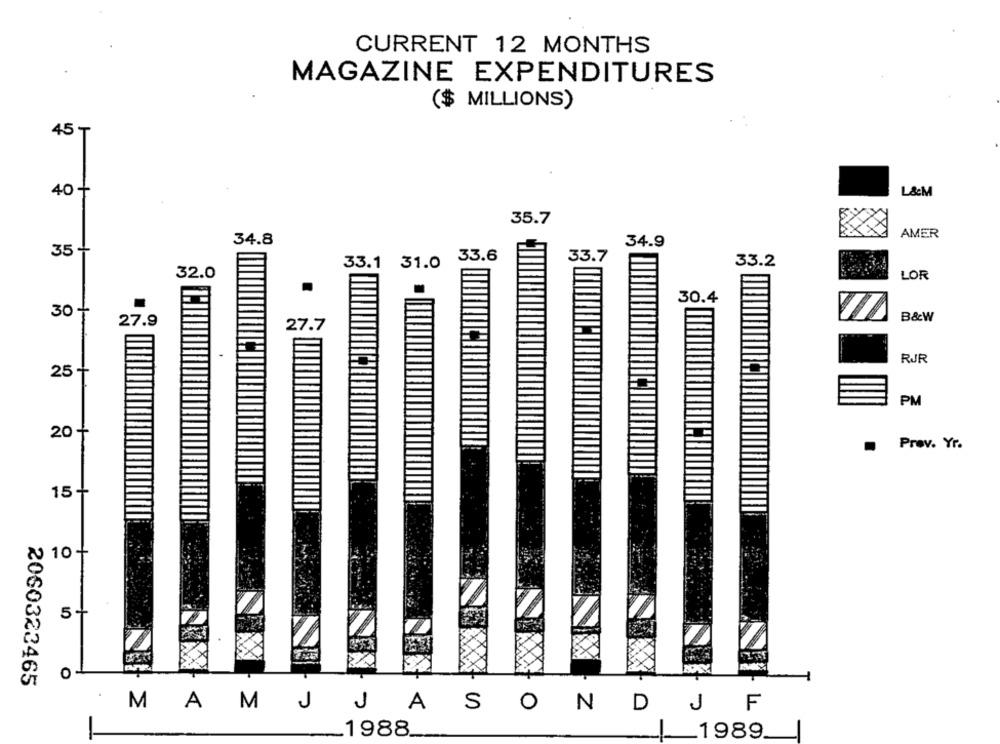
CURRENT 12 MONTHS
MAGAZINE EXPENDITURES
($ MILLIONS)
45 T
40
L&M
35.7
AMER
34.8
34.9
35 -
33.6
33.7
33.1 31.0
33.2
32.0
LOR
30.4
30 +
B&W
27.9
27.7
RJR
25 +
PM
20 +
Prev. Yr.
1
15+
₹ 10
+
5+
O
2060323465
MAMJJ
ASO
N
D
J
F
1988.
1989